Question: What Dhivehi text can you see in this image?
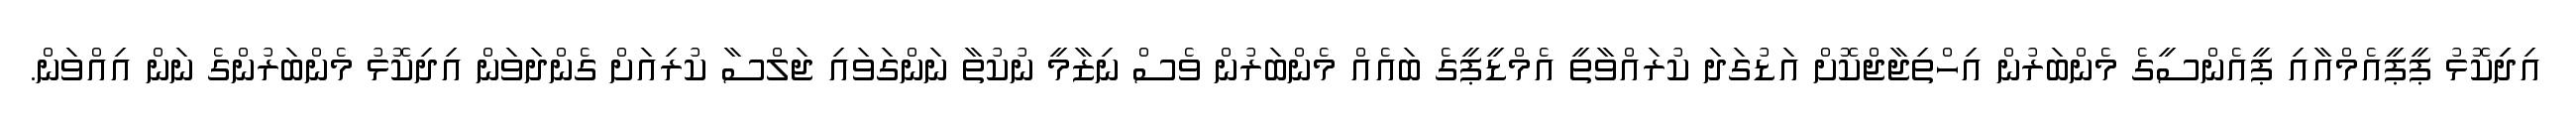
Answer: އިދިިކޮޅު ޕީޕީއެމްއާއި ޕީއެންސީގެ މެންބަރުން އިހްތިޖާޖްކޮށް އަޑުގަދަ ކުރައްވާތީ އެމްޑީޕީގެ ބައެއް މެންބަރުން ވެސް ނިޒާމީ ނުކުތާ ނަންގަވައި ޖަލްސާ ކުރިއަށް ގެންދަވަން އިދިކޮޅު މެންބަރުންގެ ނަން އިއްވަން.